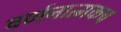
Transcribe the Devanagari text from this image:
वर्णनात्मकच